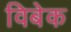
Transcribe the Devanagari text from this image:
विबेक